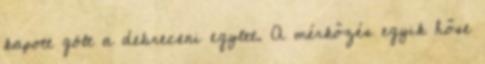
kapott gólt a debreceni egylet. A mérkőzés egyik hőse